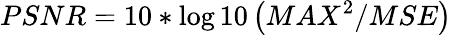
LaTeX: PSNR=10*\log 10\left(MAX^{2}/MSE\right)